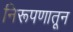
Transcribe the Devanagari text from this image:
निरूपणातून